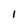
Character: 1